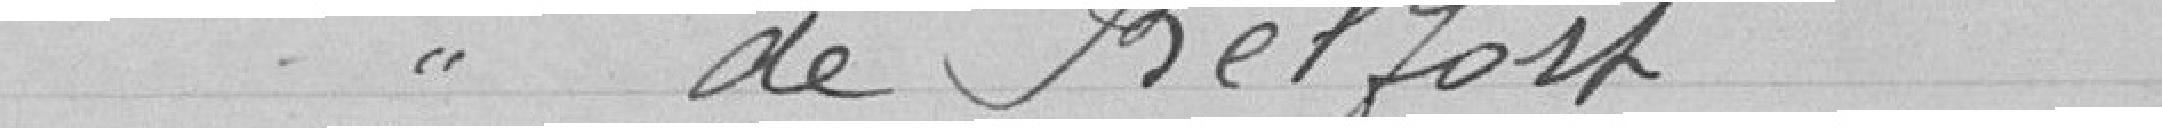
de Belfort